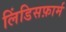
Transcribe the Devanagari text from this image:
लिंडिसफ़ार्म